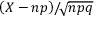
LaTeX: \left( X \! \, - \! \, n p \right) \! / \! { \sqrt { n p q } }